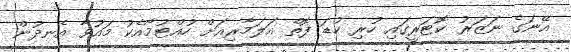
އޭނަގެ ނަޒަރު ކޮޓަރީގައި ހުރި ކުޑަ ފޮތް އަލަމާރިއަށް ހުއްޓުމާއެކު މައުވާ އެނދުން